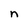
Character: n